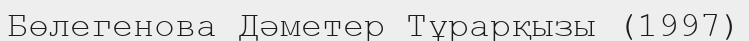
Бөлегенова Дәметер Тұрарқызы (1997)